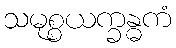
သမုစ္စယက္ခန္ဓကံ